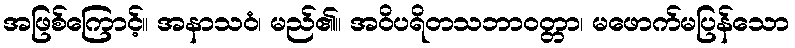
အဖြစ်ကြောင့်။ အနာသဝံ၊ မည်၏။ အဝိပရိတသဘာဝတ္တာ၊ မဖောက်မပြန်သော